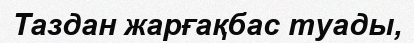
Таздан жарғақбас туады,